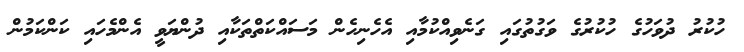
ހުކުރު ދުވަހުގެ ހުކުރުގެ ވަގުތުގައި ގަނެވިއްކުމާއި އެހެނިހެން މަސައްކަތްތަކާއި ދުންޔަވީ އެންމެހައި ކަންކަމުން